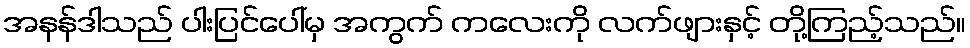
အနန်ဒါသည် ပါးပြင်ပေါ်မှ အကွက် ကလေးကို လက်ဖျားနှင့် တို့ကြည့်သည်။